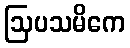
ဩပသမိကေ